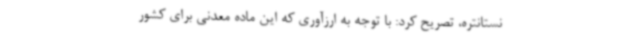
نستانتره، تصریح کرد: با توجه به ارزآوری که این ماده معدنی برای کشور